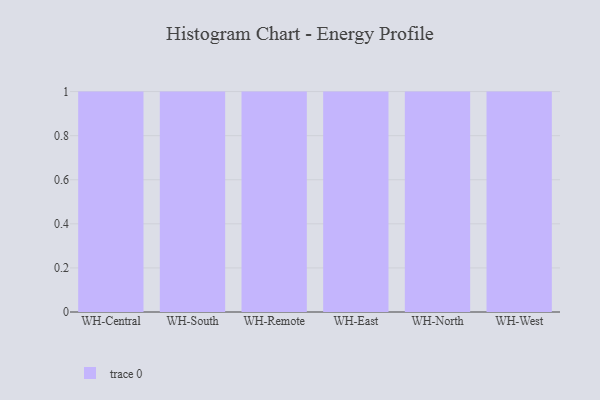
{"axis": {"x": "Warehouse", "y": "Shipments"}, "legend": [""], "data": [{"x": "WH-Central", "y": 46, "type": ""}, {"x": "WH-South", "y": 58, "type": ""}, {"x": "WH-Remote", "y": 30, "type": ""}, {"x": "WH-East", "y": 8, "type": ""}, {"x": "WH-North", "y": 9, "type": ""}, {"x": "WH-West", "y": 17, "type": ""}]}